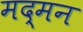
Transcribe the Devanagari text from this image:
मद्मन